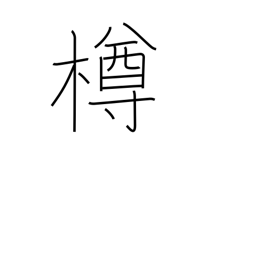
Meaning: keg